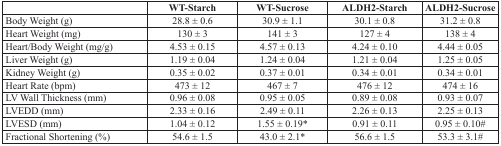
|  | WT-Starch | WT-Sucrose | ALDH2-Starch | ALDH2-Sucrose |
 | --- | --- | --- | --- | --- |
 | Body Weight (g) | 28.8 ± 0.6 | 30.9 ± 1.1 | 30.1 ± 0.8 | 31.2 ± 0.8 |
 | Heart Weight (mg) | 130 ± 3 | 141 ± 3 | 127 ± 4 | 138 ± 4 |
 | Heart/Body Weight (mg/g) | 4.53 ± 0.15 | 4.57 ± 0.13 | 4.24 ± 0.10 | 4.44 ± 0.05 |
 | Liver Weight (g) | 1.19 ± 0.04 | 1.24 ± 0.04 | 1.21 ± 0.04 | 1.25 ± 0.05 |
 | Kidney Weight (g) | 0.35 ± 0.02 | 0.37 ± 0.01 | 0.34 ± 0.01 | 0.34 ± 0.01 |
 | Heart Rate (bpm) | 473 ± 12 | 467 ± 7 | 476 ± 12 | 474 ± 16 |
 | LV Wall Thickness (mm) | 0.96 ± 0.08 | 0.95 ± 0.05 | 0.89 ± 0.08 | 0.93 ± 0.07 |
 | LVEDD (mm) | 2.33 ± 0.16 | 2.49 ± 0.11 | 2.26 ± 0.13 | 2.25 ± 0.13 |
 | LVESD (mm) | 1.04 ± 0.12 | 1.55 ± 0.19* | 0.91 ± 0.11 | 0.95 ± 0.10# |
 | Fractional Shortening (%) | 54.6 ± 1.5 | 43.0 ± 2.1* | 56.6 ± 1.5 | 53.3 ± 3.1# |